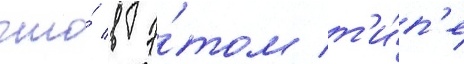
что́ в э́том т'и́п'е